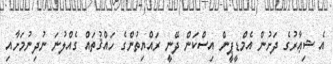
އެ ޝިޢާރުގެ ދަށުން އެމްޑީޕީން އިސްކަން ދޭނީ ރައްޔިތުންގެ ހައްޤުތައް ގެއްލުނަ ނުދިނުމަށާއި